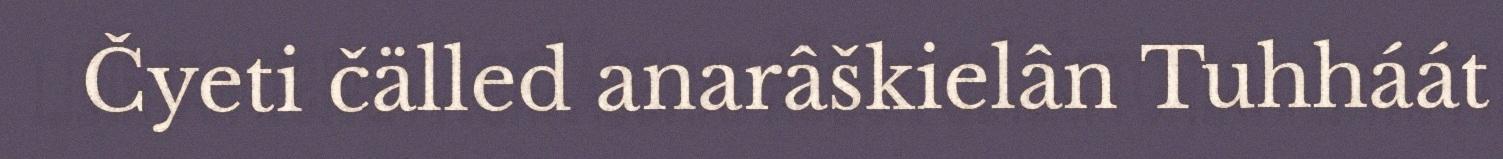
Čyeti čälled anarâškielân Tuhháát